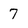
Character: 7